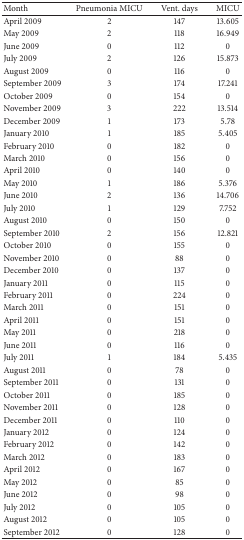
<table><thead><tr><td><b>Month</b></td><td><b>Pneumonia MICU</b></td><td><b>Vent. days</b></td><td><b>MICU</b></td></tr></thead><tbody><tr><td>April 2009</td><td>2</td><td>147</td><td>13.605</td></tr><tr><td>May 2009</td><td>2</td><td>118</td><td>16.949</td></tr><tr><td>June 2009</td><td>0</td><td>112</td><td>0</td></tr><tr><td>July 2009</td><td>2</td><td>126</td><td>15.873</td></tr><tr><td>August 2009</td><td>0</td><td>116</td><td>0</td></tr><tr><td>September 2009</td><td>3</td><td>174</td><td>17.241</td></tr><tr><td>October 2009</td><td>0</td><td>154</td><td>0</td></tr><tr><td>November 2009</td><td>3</td><td>222</td><td>13.514</td></tr><tr><td>December 2009</td><td>1</td><td>173</td><td>5.78</td></tr><tr><td>January 2010</td><td>1</td><td>185</td><td>5.405</td></tr><tr><td>February 2010</td><td>0</td><td>182</td><td>0</td></tr><tr><td>March 2010</td><td>0</td><td>156</td><td>0</td></tr><tr><td>April 2010</td><td>0</td><td>140</td><td>0</td></tr><tr><td>May 2010</td><td>1</td><td>186</td><td>5.376</td></tr><tr><td>June 2010</td><td>2</td><td>136</td><td>14.706</td></tr><tr><td>July 2010</td><td>1</td><td>129</td><td>7.752</td></tr><tr><td>August 2010</td><td>0</td><td>150</td><td>0</td></tr><tr><td>September 2010</td><td>2</td><td>156</td><td>12.821</td></tr><tr><td>October 2010</td><td>0</td><td>155</td><td>0</td></tr><tr><td>November 2010</td><td>0</td><td>88</td><td>0</td></tr><tr><td>December 2010</td><td>0</td><td>137</td><td>0</td></tr><tr><td>January 2011</td><td>0</td><td>115</td><td>0</td></tr><tr><td>February 2011</td><td>0</td><td>224</td><td>0</td></tr><tr><td>March 2011</td><td>0</td><td>151</td><td>0</td></tr><tr><td>April 2011</td><td>0</td><td>151</td><td>0</td></tr><tr><td>May 2011</td><td>0</td><td>218</td><td>0</td></tr><tr><td>June 2011</td><td>0</td><td>116</td><td>0</td></tr><tr><td>July 2011</td><td>1</td><td>184</td><td>5.435</td></tr><tr><td>August 2011</td><td>0</td><td>78</td><td>0</td></tr><tr><td>September 2011</td><td>0</td><td>131</td><td>0</td></tr><tr><td>October 2011</td><td>0</td><td>185</td><td>0</td></tr><tr><td>November 2011</td><td>0</td><td>128</td><td>0</td></tr><tr><td>December 2011</td><td>0</td><td>110</td><td>0</td></tr><tr><td>January 2012</td><td>0</td><td>124</td><td>0</td></tr><tr><td>February 2012</td><td>0</td><td>142</td><td>0</td></tr><tr><td>March 2012</td><td>0</td><td>183</td><td>0</td></tr><tr><td>April 2012</td><td>0</td><td>167</td><td>0</td></tr><tr><td>May 2012</td><td>0</td><td>85</td><td>0</td></tr><tr><td>June 2012</td><td>0</td><td>98</td><td>0</td></tr><tr><td>July 2012</td><td>0</td><td>105</td><td>0</td></tr><tr><td>August 2012</td><td>0</td><td>105</td><td>0</td></tr><tr><td>September 2012</td><td>0</td><td>128</td><td>0</td></tr></tbody></table>